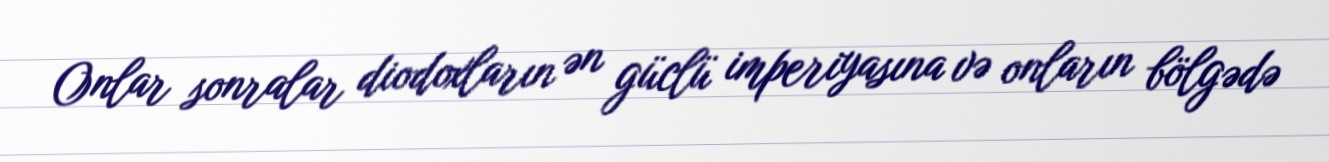
Onlar sonralar diodoxların ən güclü imperiyasına və onların bölgədə